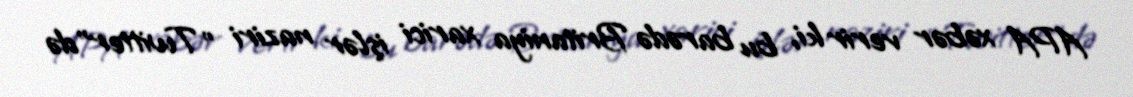
APA xəbər verir ki, bu barədə Britaniya xarici işlər naziri "Twitter"də